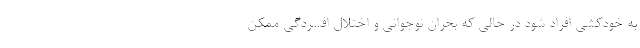
به خودکشی افراد شود در حالی که بحران نوجوانی و اختلال افسردگی ممکن